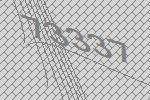
73337